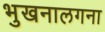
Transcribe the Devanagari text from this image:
भुखनालगना